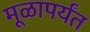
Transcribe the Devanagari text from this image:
मूळापर्यंत